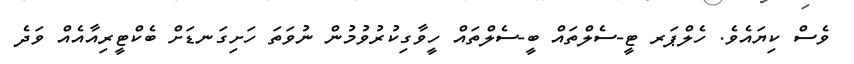
ވެސް ކިޔައެވެ. ހެލްޕަރ ޓީ-ސެލްތައް ބީ-ސެލްތައް ހީވާގިކުރުވުމުން ނުވަތަ ހަށިގަނޑަށް ބެކްޓީރިއާއެއް ވަދެ